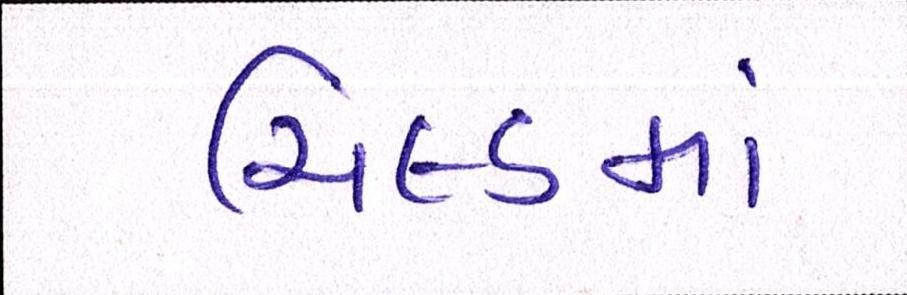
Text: યિલ્ડમાં